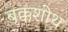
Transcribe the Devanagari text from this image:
बृक्कशोथ